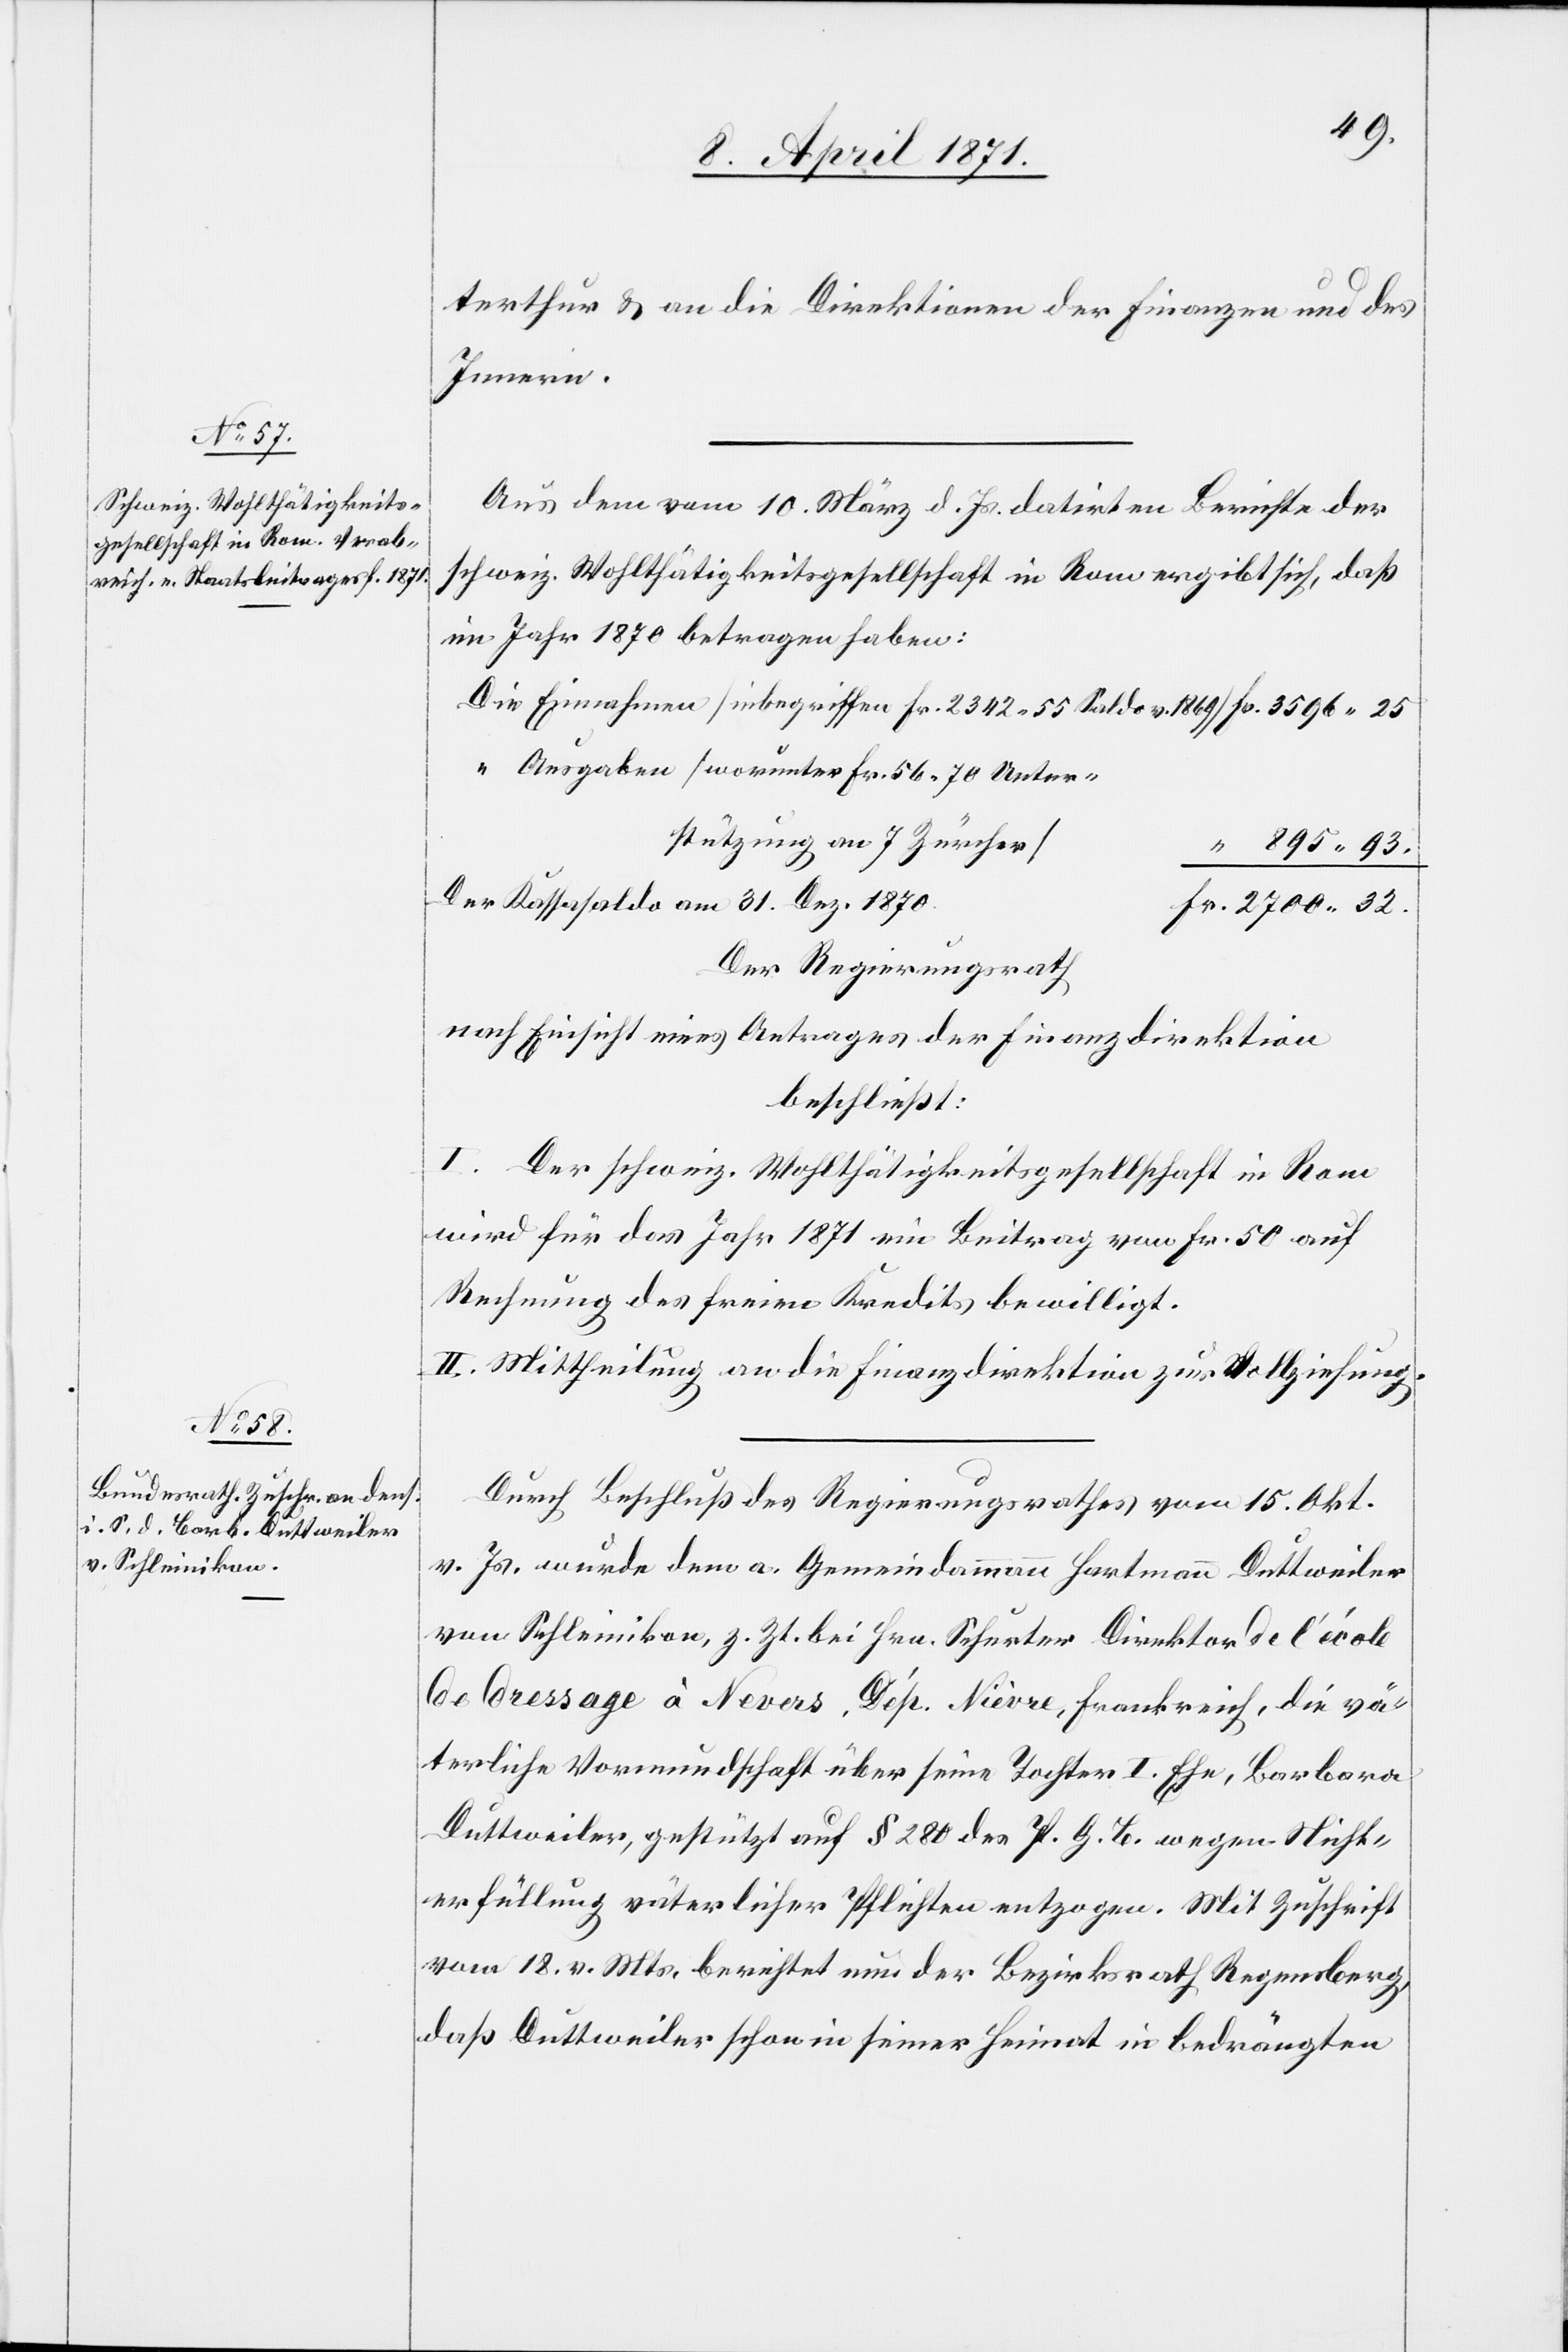
terthur u. an die Direktion der Finanzen und der
Innern.
Aus dem vom 10. März d. Js. datirten Berichte der
schweiz. Wohlthätigkeitsgesellschaft in Rom ergibt sich, daß
im Jahr 1870 betragen haben:
Die Einnahmen [inbegriffen Fr. 2342.55 Saldo v. 1869] 		 Fr. 3596.25
“ Ausgaben [worunter Fr. 56.70 Unter¬
stützung an 7 Zürcher]
“ 895.93.
Der Kassasaldo am 31. Dez.
Fr. 2700.32
Der Regierungsrath
nach Einsicht eines Antrages der Finanzdirektion
beschließt:
I. Der schweiz. Wohlthätigkeitsgesellschaft in Rom
wird für das Jahr 1871 ein Beitrag von Fr. 50 auf
Rechnung des freien Kredits bewilligt.
II. Mittheilung an die Finanzdirektion zur Vollziehung.
Durch Beschluß des Regierungsrathes vom 15. Okt.
v. Js. wurde dem a. Gemeindammann Hartmann Duttweiler
von Schleinikon, z. Zt. bei Hrn. Schurter Direktor de l’école
de dressage a Nevers, Dép. Nièvre, Frankreich, die vä¬
terliche Vormundschaft über seine Tochter I. Ehe, Barbara
Duttweiler, gestützt auf § 280 des P. G. B. wegen Nicht¬
erfüllung väterlicher Pflichten entzogen. Mit Zuschrift
vom 18. v. Mts., berichtet uns der Bezirksrath Regensberg,
daß Duttweiler schon in seiner Heimat in bedrängten